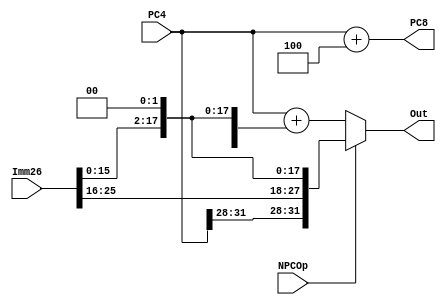
`timescale 1ns / 1ps
//////////////////////////////////////////////////////////////////////////////////
// Company: 
// Engineer: 
// 
// Design Name: 
// Module Name:    NPC 
// Project Name: 
// Target Devices: 
// Tool versions: 
// Description: 
//
// Dependencies: 
//
// Revision: 
// Revision 0.01 - File Created
// Additional Comments: 
//
//////////////////////////////////////////////////////////////////////////////////
module NPC(
    input NPCOp,
    input [31:0] PC4,
    input [25:0] Imm26,
    output [31:0] Out,
	 output [31:0] PC8
    );

	assign Out = NPCOp ? {PC4[31:28], Imm26, 2'b0} : (PC4 + {{14{Imm26[15]}}, Imm26[15:0], 2'b0});
	assign PC8 = PC4 + 4;

endmodule